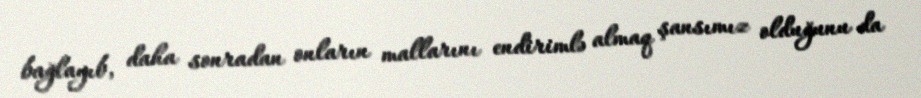
bağlayıb, daha sonradan onların mallarını endirimlə almaq şansımız olduğunu da